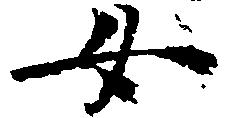
女